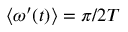
\langle \omega ^ { \prime } ( t ) \rangle = \pi / 2 T